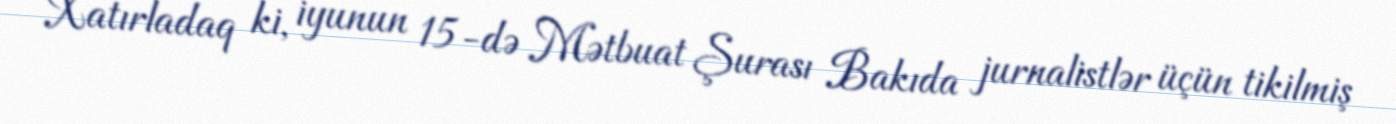
Xatırladaq ki, iyunun 15-də Mətbuat Şurası Bakıda jurnalistlər üçün tikilmiş